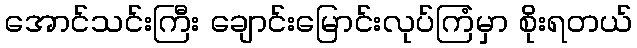
အောင်သင်းကြီး ချောင်းမြောင်းလုပ်ကြံမှာ စိုးရတယ်